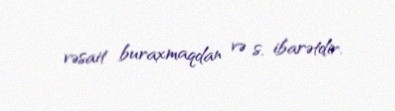
vəsait buraxmaqdan və s. ibarətdir.